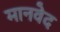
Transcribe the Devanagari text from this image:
मानवेद